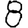
Digit: 8